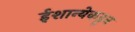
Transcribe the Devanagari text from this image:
ईशान्येकडून